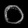
Digit: ၀